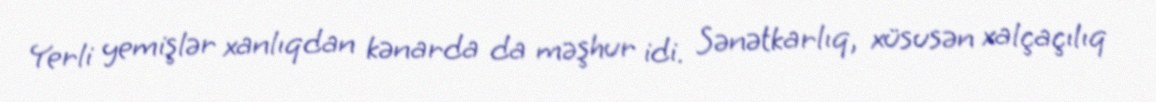
Yerli yemişlər xanlıqdan kənarda da məşhur idi. Sənətkarlıq, xüsusən xalçaçılıq